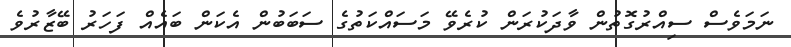
ނަމަވެސް ސިއްރުގޮތުން ވާދަކުރަން ކުރެވޭ މަސައްކަތުގެ ސަބަބުން އެކަން ބައެއް ފަހަރު ބޭޒާރުވެ